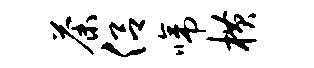
荼侣啼横